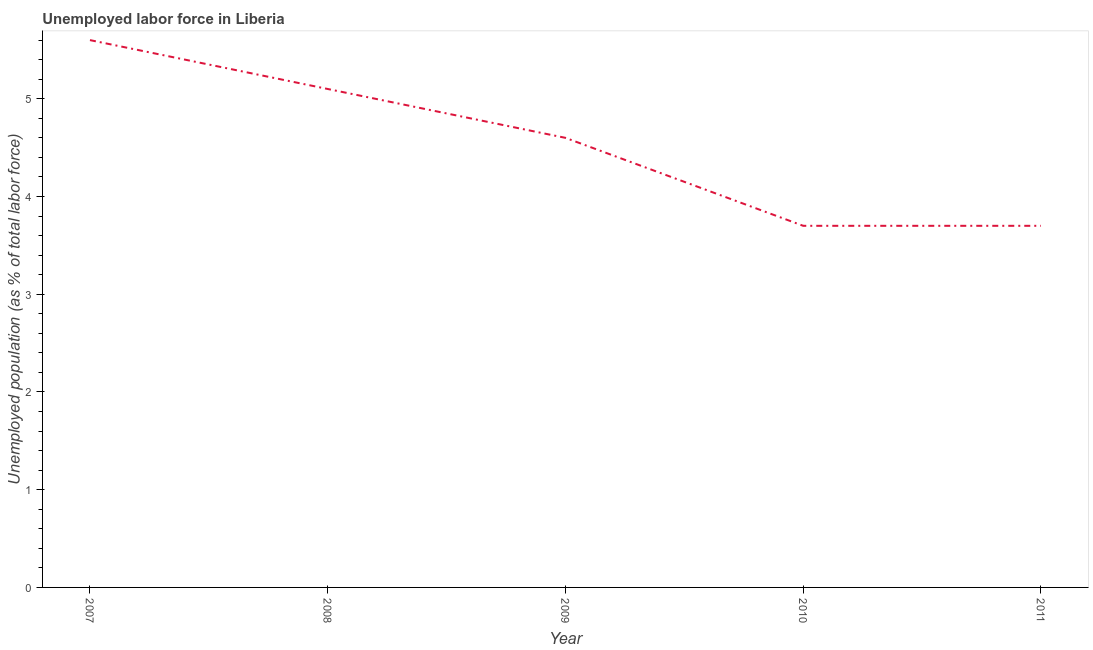
| Year | Unemployment |
 | --- | --- |
 | 2007 | 5.6 |
 | 2008 | 5.1 |
 | 2009 | 4.6 |
 | 2010 | 3.7 |
 | 2011 | 3.7 |